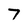
Character: 7